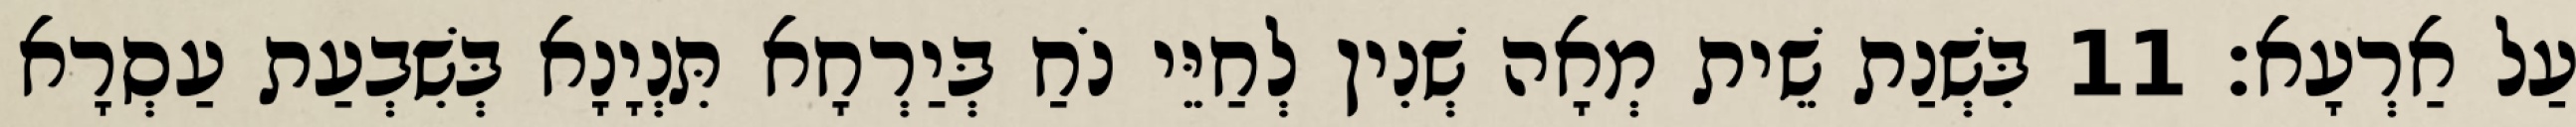
עַל אַרְעָא׃ 11 בִּשְׁנַת שֵׁית מְאָה שְׁנִין לְחַיֵּי נֹחַ בְּיַרְחָא תִּנְיָנָא בְּשִׁבְעַת עַסְרָא